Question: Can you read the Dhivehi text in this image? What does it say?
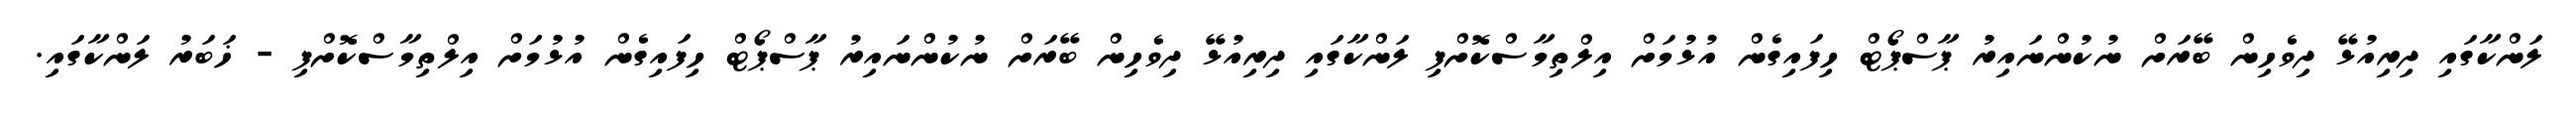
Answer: ލަންކާގައި ދިރިއުޅޭ ދިވެހިން ބޭރަށް ނުކުންނައިރު ޕާސްޕޯޓް ހިފައިގެން އުޅުމަށް އިލްތިމާސްކޮށްފި ލަންކާގައި ދިރިއުޅޭ ދިވެހިން ބޭރަށް ނުކުންނައިރު ޕާސްޕޯޓް ހިފައިގެން އުޅުމަށް އިލްތިމާސްކޮށްފި - ޚަބަރު ލަންކާގައި.